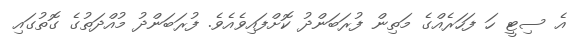
އެ ސިޓީ ހަ ފަހަރެއްގެ މަތިން ފުރަބަންދު ކޮށްފައިވެއެވެ. ފުރަބަންދު މުއްދަތުގެ ގޮތުގައި